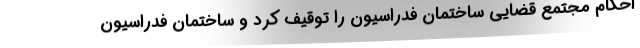
احکام مجتمع قضایی ساختمان فدراسیون را توقیف کرد و ساختمان فدراسیون